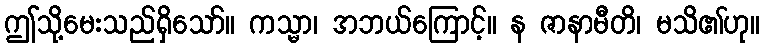
ဤသို့မေးသည်ရှိသော်။ ကသ္မာ၊ အဘယ်ကြောင့်။ န ဇာနာမီတိ၊ မသိ၏ဟု။